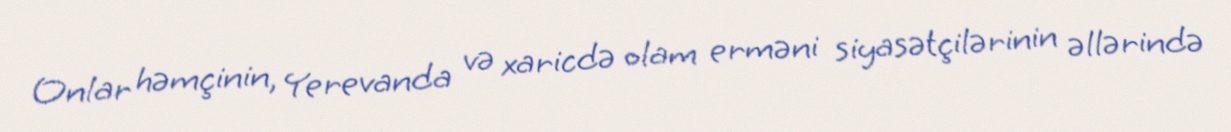
Onlar həmçinin, Yerevanda və xaricdə olam erməni siyasətçilərinin əllərində